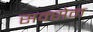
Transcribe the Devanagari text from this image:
सक्सेन